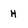
Character: H